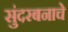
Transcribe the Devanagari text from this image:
सुंदरबनाचे